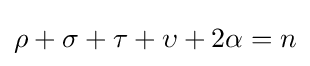
\rho +\sigma +\tau +\upsilon +2\alpha =n